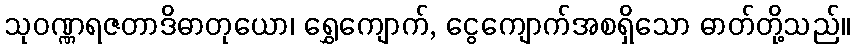
သုဝဏ္ဏရဇတာဒိဓာတုယော၊ ရွှေကျောက်, ငွေကျောက်အစရှိသော ဓာတ်တို့သည်။